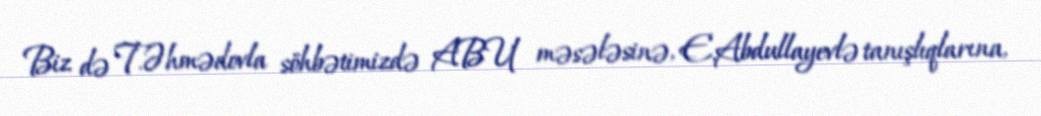
Biz də T.Əhmədovla söhbətimizdə ABU məsələsinə, E.Abdullayevlə tanışlıqlarına,